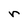
Character: r